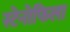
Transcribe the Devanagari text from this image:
स्टेनोफिला